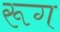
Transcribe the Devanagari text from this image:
रूग